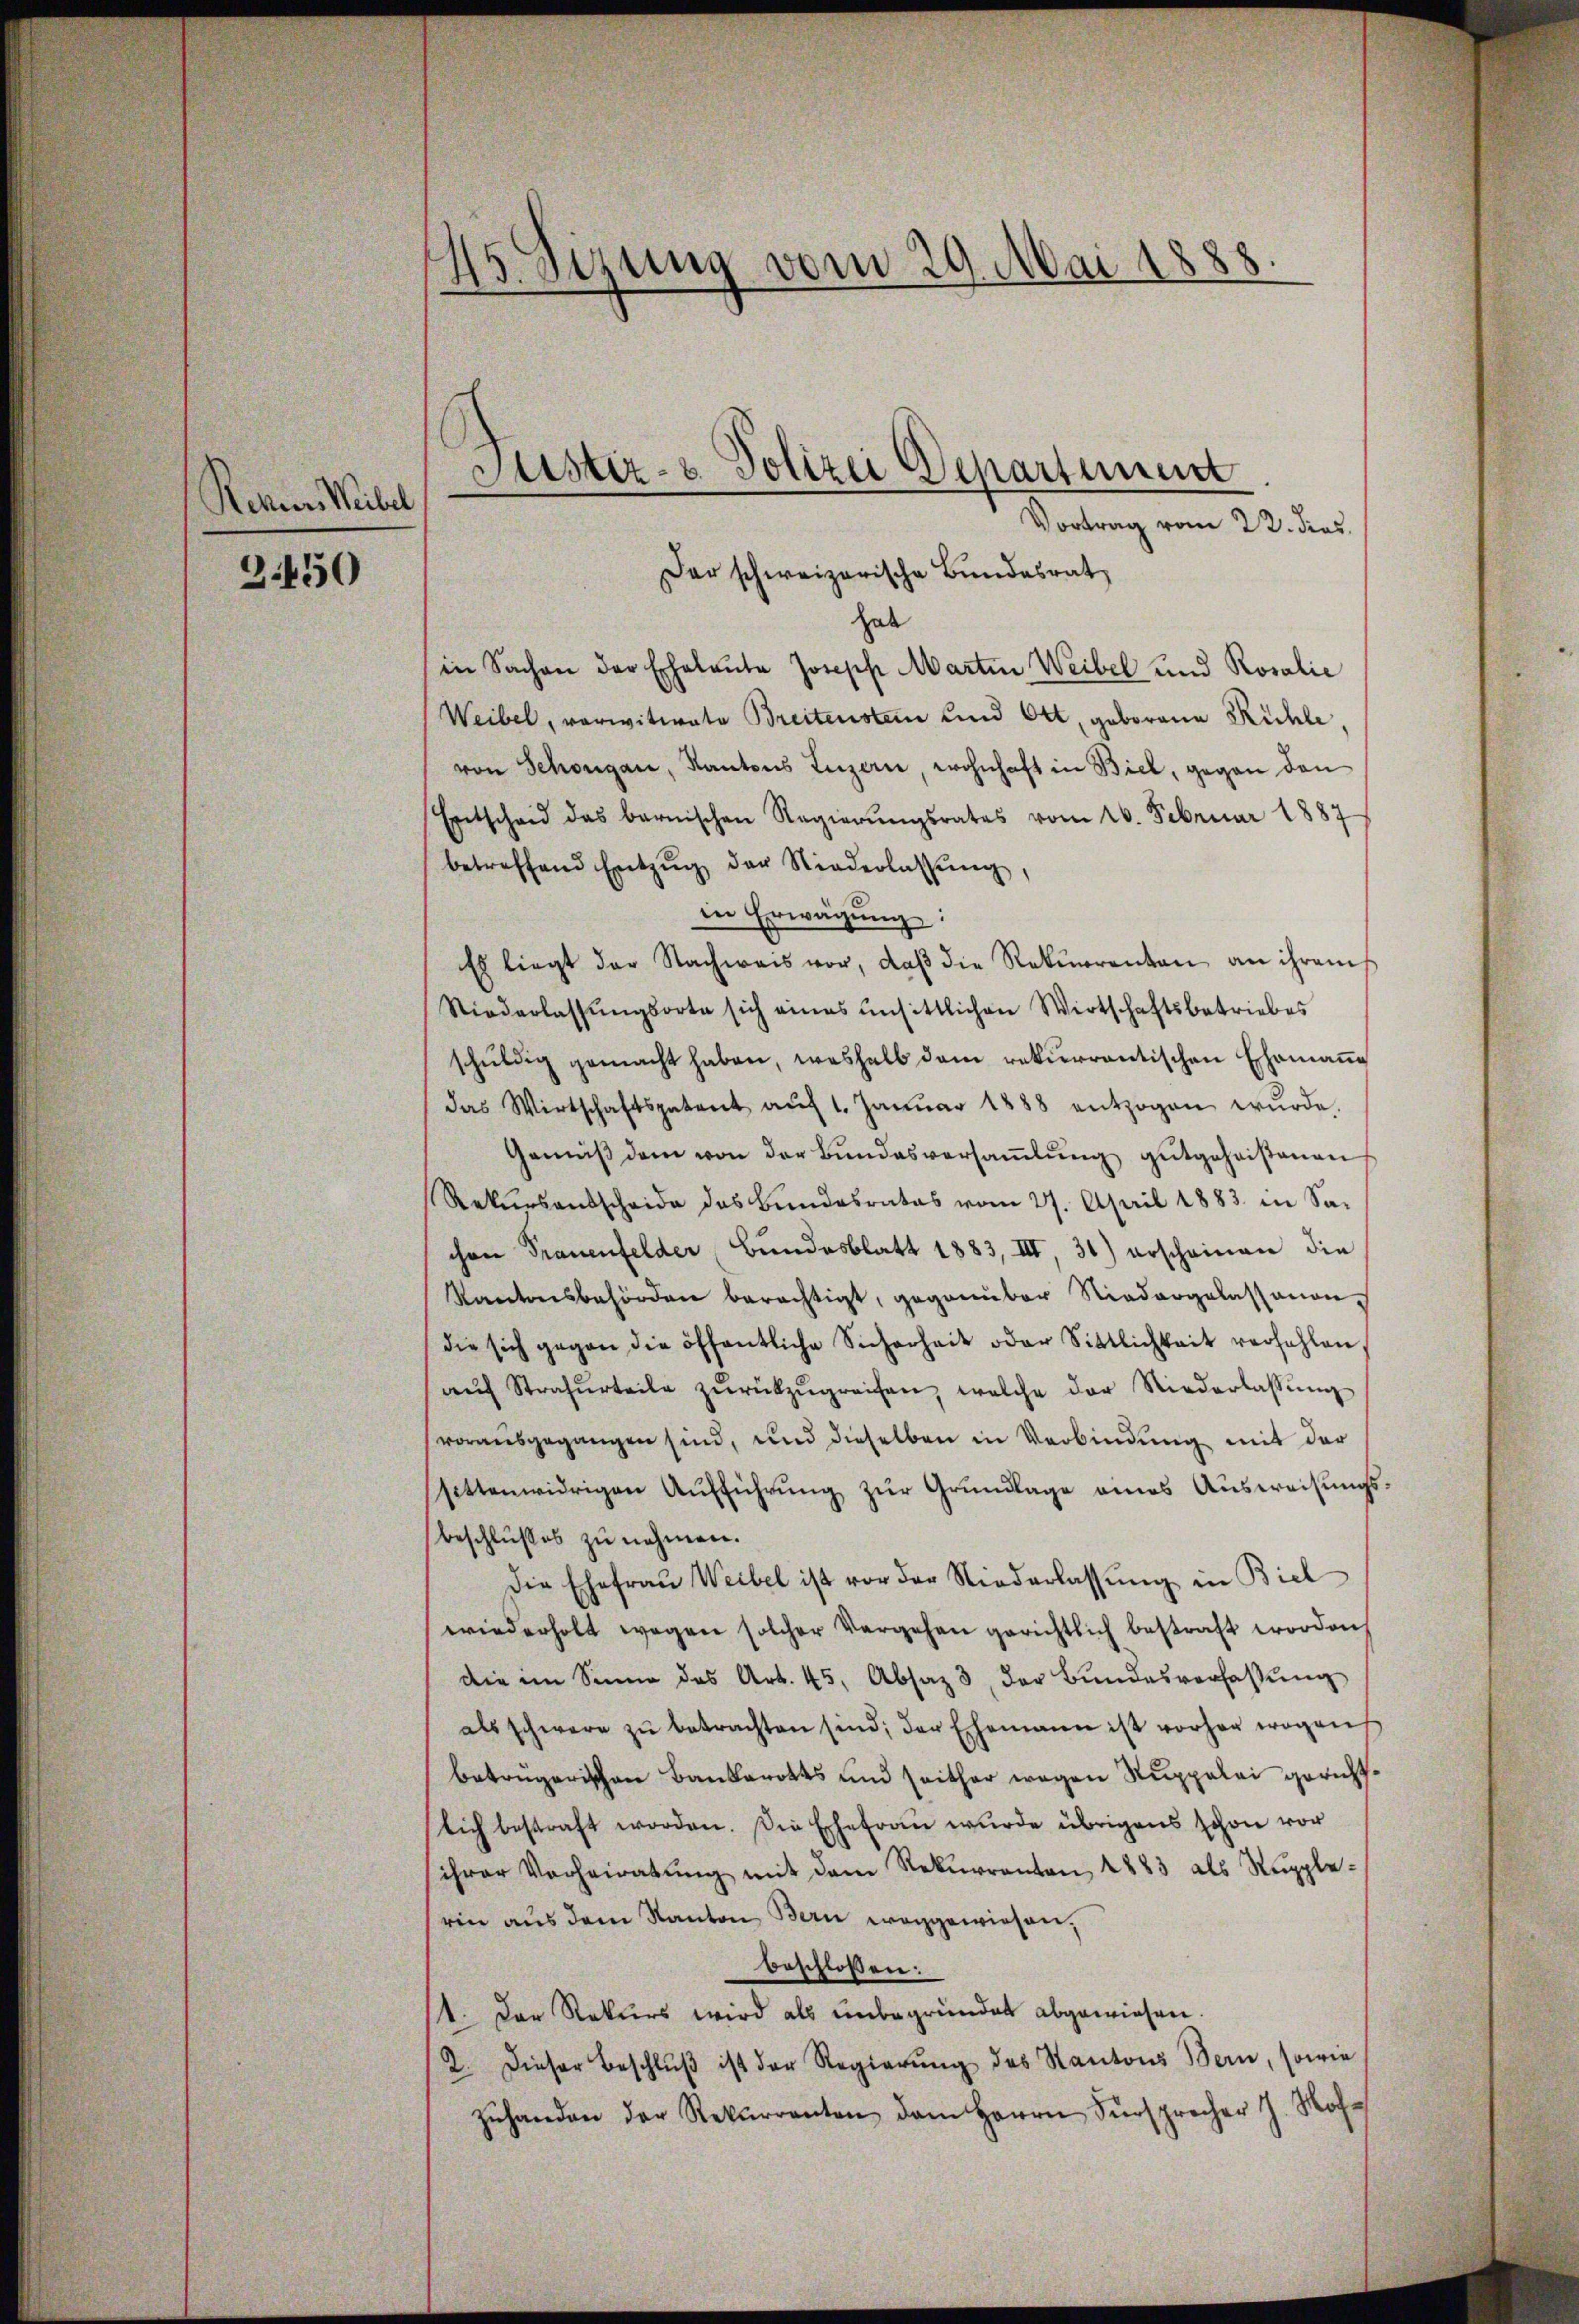
Rehrer Weibel

3.450

45. Sizung vom 29. Mai 1888.

Justiz- & Polizei Departement

Vortrag vom 22. dies.
hab
in Sachen der Eheleute Joseph Martin Weibel und Rosalie
Weibel, vorwitwete Breitenstein und Ott, geborene Rühle,
von Schongau, Kantons Luzern, wohnhaft in Biel, gegen den
Entscheid das bernischen Regierŭngsrates vom 16. Februar 1887
betreffend Entzŭg der Niederlassŭng,
in Erwägŭng.
Es liegt der Nachweis vor, daβ die Rekurrenten an ihrem
Niederlassŭngsorte sich eines unsittlichen Wirtschaftsbetriebes
schŭldig gemacht haben, weshalb dem rekurrentischen Ehemaṅe
das Wirtschaftspatent aŭf 1. Janŭar 1888 entzogen wŭrde.
Gemäß dem von der Bundesversaṁlŭng gutgeheistanen
Rekŭrsausscheide des Bundesrates vom 27. April 1883 in Sa-
chen Trauenfelder Bŭndesblatt 1883, III, 31) erscheinen die
Kantonsbehörden berechtigt, gegenüber Niedergelassanon,
die sich gegen die öffentliche Sicherheit oder Sittlichkeit verfahlen
aŭf Strafurteile zŭrückzŭgreifen, welche der Niederlassŭng
vorausgegangen sind, und dieselben in Verbindŭng mit der
sittenwidrigen Aufführung zur Grundlage eines Ausweisungsbeschlußes zu nehmen.
die Ehefrau Weibel ist vor der Niederlassŭng in Biel
wiederholt wegen solcher Vergehen gerichtlich bestraft worden,
die im Sinne das Art. 45, Absaz 3 der Bundesverfassŭng
als schwere zŭ betrachten sind; der Ehemann ist vorher wegens
betongerischen Bankerotts und seither wegen Ruppelei gerichtlich bestraft worden. Die Ehefrau wurde übrigens schon vor
ihrer Verheiratŭng mit dem Rekŭrranton 1883 als Rŭpplerin aus dem Kanton Bern weggewiesen,
beschlossen:
11. Der Rekurs wird als unbegründet abgewiesen.
2. Dieser Beschlŭβ ist der Regierŭng des Kantons Bern, sowie
u
zŭhanden der Rekurrenten dem Herrn Fürsprecher J. Mo-

Der schweizerische Bundesrat